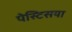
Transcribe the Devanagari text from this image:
पेस्टिसया